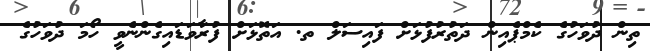
ތިން ދުވަހުގެ ކެމްޕެއިން ދަތުރުފުޅަށް ފައިސަލް ތ. އަތޮޅަށް ފުރާވަޑައިގެންނެވީ ހޯމަ ދުވަހުގެ